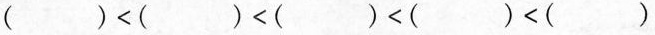
$$( ) < ( ) < ( )$$